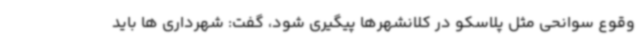
وقوع سوانحی مثل پلاسکو در کلانشهرها پیگیری شود، گفت: شهرداری ها باید